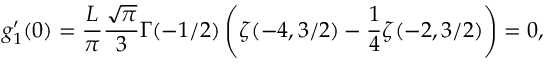
g _ { 1 } ^ { \prime } ( 0 ) = \frac { L } { \pi } \frac { \sqrt { \pi } } { 3 } \Gamma ( - 1 / 2 ) \left( \zeta ( - 4 , 3 / 2 ) - \frac { 1 } { 4 } \zeta ( - 2 , 3 / 2 ) \right) = 0 ,